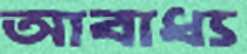
আবাধ্য